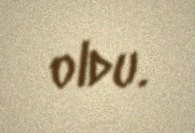
oldu.